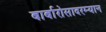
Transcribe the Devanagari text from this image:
बार्बारोसादरम्यान